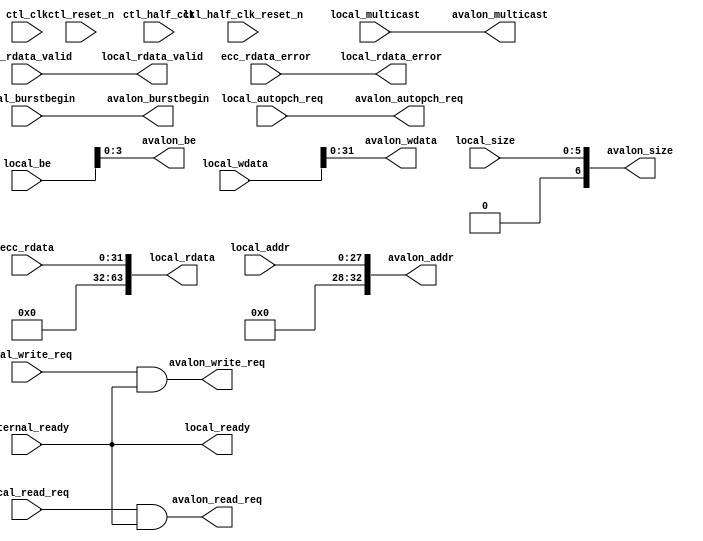
//Legal Notice: (C)2010 Altera Corporation. All rights reserved.  Your
//use of Altera Corporation's design tools, logic functions and other
//software and tools, and its AMPP partner logic functions, and any
//output files any of the foregoing (including device programming or
//simulation files), and any associated documentation or information are
//expressly subject to the terms and conditions of the Altera Program
//License Subscription Agreement or other applicable license agreement,
//including, without limitation, that your use is for the sole purpose
//of programming logic devices manufactured by Altera and sold by Altera
//or its authorized distributors.  Please refer to the applicable
//agreement for further details.

///////////////////////////////////////////////////////////////////////////////
// Title         : DDR controller Avalon Interface
//
//
// Abstract      : Avalon interface
///////////////////////////////////////////////////////////////////////////////

`timescale 1 ps / 1 ps
module alt_ddrx_avalon_if 
    #(parameter     INTERNAL_SIZE_WIDTH    = 7,
                    LOCAL_SIZE_WIDTH       = 6,
                    CTL_HRB_ENABLED        = 0,
                    LOCAL_ADDR_WIDTH       = 28,
                    INTERNAL_ADDR_WIDTH    = 33,
                    DWIDTH_RATIO           = 2,
                    LOCAL_DATA_WIDTH       = 64,
                    INTERNAL_DATA_WIDTH    = 32
     )
     (
        // input
        ctl_clk, 								
        ctl_reset_n,
        ctl_half_clk ,
        ctl_half_clk_reset_n ,
        local_write_req, 
        local_wdata,     
        local_be,  
        local_addr,
        internal_ready,
        local_read_req,
        local_size,
        local_burstbegin,
        ecc_rdata,
        ecc_rdata_valid,
        ecc_rdata_error,
        local_multicast,
        local_autopch_req,

        //output
        avalon_wdata,
        avalon_be,
        avalon_addr,
        avalon_write_req,   
        avalon_read_req,
        avalon_size,
        avalon_burstbegin,
        local_ready,
        local_rdata,
        local_rdata_error,
        local_rdata_valid,
        avalon_multicast,
        avalon_autopch_req
    );
    localparam   LOCAL_BE_WIDTH         = LOCAL_DATA_WIDTH/8;
    localparam   INTERNAL_BE_WIDTH      = INTERNAL_DATA_WIDTH/8;
    localparam   AVM_ADDR_WIDTH         = LOCAL_ADDR_WIDTH + log2(LOCAL_BE_WIDTH);
    
    input                               ctl_clk;
    input                               ctl_reset_n;
    input                               ctl_half_clk;
    input                               ctl_half_clk_reset_n;
    input                               local_write_req;
    input  [LOCAL_DATA_WIDTH -1 : 0]    local_wdata;
    input  [LOCAL_BE_WIDTH -1 : 0]      local_be;
    input  [LOCAL_ADDR_WIDTH -1 : 0]    local_addr;
    input                               internal_ready;
    input                               local_read_req;
    input  [INTERNAL_DATA_WIDTH -1 : 0] ecc_rdata;
    input  [DWIDTH_RATIO/2-1:0]         ecc_rdata_valid;
    input                               ecc_rdata_error;
    input  [LOCAL_SIZE_WIDTH-1:0]       local_size;
    input                               local_burstbegin;
    input                               local_multicast;
    input                               local_autopch_req;

    output [INTERNAL_DATA_WIDTH -1 : 0] avalon_wdata;
    output [INTERNAL_BE_WIDTH -1 : 0]   avalon_be;
    output [INTERNAL_ADDR_WIDTH - 1 : 0]avalon_addr;
    output                              avalon_write_req;
    output                              avalon_read_req;
    output [INTERNAL_SIZE_WIDTH-1:0]    avalon_size;
    output                              avalon_burstbegin;
    output                              local_ready;
    output [LOCAL_DATA_WIDTH -1 : 0]    local_rdata;
    output                              local_rdata_valid;
    output                              local_rdata_error;
    output                              avalon_multicast;
    output                              avalon_autopch_req;
    
    generate if (CTL_HRB_ENABLED == 1) begin
        wire                                    avs_chipselect;
        wire   [LOCAL_DATA_WIDTH -1 : 0]        avs_readdata;
        wire   [LOCAL_DATA_WIDTH -1 : 0]        avs_writedata;
        wire                                    avs_waitrequest;
        wire                                    avm_write;
        wire                                    avm_read;
        wire   [AVM_ADDR_WIDTH - 1 : 0]         avm_address;
        reg    [LOCAL_ADDR_WIDTH -1 : 0]        avs_address;
        reg    [2:0]                            state;
        reg    [INTERNAL_SIZE_WIDTH-1 : 0]      burstcount;
        reg    [INTERNAL_SIZE_WIDTH-1:0]        internal_size;
        reg    [INTERNAL_SIZE_WIDTH-1:0]        internal_size_r;
        reg    [INTERNAL_SIZE_WIDTH-1:0]        avalon_avm_size;
        wire   [2:0]                            avalon_avm_count;
        reg    [2:0]                            avalon_avm_count_r;
        reg                                     avalon_avs_toggle;
        reg                                     avalon_avm_toggle;
        reg                                     avalon_avm_toggle_r;
        wire                                    avalon_avs_clk_ph;
        reg                                     internal_multicast;
        reg                                     internal_multicast_r;
        reg                                     internal_autopch;
        reg                                     internal_autopch_r;
        reg                                     avalon_avm_multicast;
        reg                                     avalon_avm_autopch;
        
        
        assign local_ready = !avs_waitrequest;
        assign avalon_write_req = avm_write & internal_ready;
        assign avalon_read_req = avm_read & internal_ready;
        assign avalon_addr = {avm_address[AVM_ADDR_WIDTH - 1 : log2(LOCAL_BE_WIDTH)],1'b0};
        assign avs_chipselect = local_read_req|local_write_req; 
        
        //burst adaptor logic
        assign avalon_burstbegin = (burstcount == 0);
        assign avalon_size = avalon_avm_size;
        assign avalon_multicast = avalon_avm_multicast;
        assign avalon_autopch_req = avalon_avm_autopch;
        assign avalon_avs_clk_ph = avalon_avm_toggle ^ avalon_avm_toggle_r;
        
        always @(posedge ctl_half_clk or negedge ctl_reset_n)
          if (~ctl_reset_n)
            avalon_avs_toggle <= 1'b0;
          else
            avalon_avs_toggle <= ~avalon_avs_toggle;
        
        always @(posedge ctl_clk or negedge ctl_reset_n)
          if (~ctl_reset_n)
          begin
            avalon_avm_toggle <= 1'b0;
            avalon_avm_toggle_r <= 1'b0;
          end
          else
          begin
            avalon_avm_toggle <= avalon_avs_toggle;
            avalon_avm_toggle_r <= avalon_avm_toggle;
          end

        always @(avalon_avm_count_r,internal_size,internal_multicast,internal_autopch,internal_size_r,internal_multicast_r,internal_autopch_r) begin
           if(avalon_avm_count_r >=3) begin
               avalon_avm_size <= internal_size_r;
               avalon_avm_multicast <= internal_multicast_r;
               avalon_avm_autopch <= internal_autopch_r;
           end
           else begin
               avalon_avm_size <= internal_size;
               avalon_avm_multicast <= internal_multicast;
               avalon_avm_autopch <= internal_autopch;
           end
        end
        
        assign avalon_avm_count = avalon_avm_count_r + (((local_write_req | local_read_req) & local_ready & avalon_avs_clk_ph) ? 3'd2 : 3'd0)
                                       - (avalon_write_req ? 3'd1 : 3'd0)
                                       - (avalon_read_req ? 3'd2 : 3'd0);
                                     
          always @(posedge ctl_clk or negedge ctl_reset_n) begin
             if (!ctl_reset_n) begin
                 avalon_avm_count_r <= 0;
             end
             else begin
                 avalon_avm_count_r <= avalon_avm_count;
             end
          end
        
          always @(posedge ctl_half_clk or negedge ctl_reset_n) begin
             if (!ctl_reset_n) begin
                 internal_size <= 0;
                 internal_size_r <= 0;
                 internal_multicast <= 0;
                 internal_multicast_r <= 0;
                 internal_autopch <= 0;
                 internal_autopch_r <= 0;
             end
             else if((local_write_req | local_read_req) & local_ready) begin
                 internal_size <= {local_size,1'b0}; // multiply local_size by 2
                 internal_size_r <= internal_size;
                 internal_multicast <= local_multicast;
                 internal_multicast_r <= internal_multicast;
                 internal_autopch <= local_autopch_req;
                 internal_autopch_r <= internal_autopch;
             end
          end
        
          always @(posedge ctl_clk or negedge ctl_reset_n) begin
                if (!ctl_reset_n) begin
                    burstcount <= 0;
                    state <= 3'd0;
                end
                else begin
                case (state)
                      3'd0: begin
                            if(avalon_write_req) begin
                                burstcount <= burstcount + 1;
                                state <= 3'd1;
                            end
                      end
                      
                      3'd1: begin
                            if(avalon_write_req) begin
                                if(burstcount == avalon_avm_size -1) begin
                                    burstcount <= 0;
                                    state <= 3'd0;
                                end
                                else begin
                                    burstcount <= burstcount + 1;
                                end
                            end
                      end
                endcase
                end
          end
        
        altera_avalon_half_rate_bridge #(
            .AVM_DATA_WIDTH             (INTERNAL_DATA_WIDTH),
            .AVM_ADDR_WIDTH             (AVM_ADDR_WIDTH),
            .AVM_BYTE_WIDTH             (INTERNAL_BE_WIDTH),
            .AVS_DATA_WIDTH             (LOCAL_DATA_WIDTH),
            .AVS_ADDR_WIDTH             (LOCAL_ADDR_WIDTH),
            .AVS_BYTE_WIDTH             (LOCAL_BE_WIDTH) 
        ) HRB_inst (  
            .avs_reset_n                (ctl_reset_n),
            .avm_reset_n                (ctl_half_clk_reset_n),

            // Avalon slave input
            .avs_clk                    (ctl_half_clk         ),
            .avs_chipselect             (avs_chipselect       ),
            .avs_address                (local_addr          ),
            .avs_write                  (local_write_req     ),
            .avs_read                   (local_read_req       ),
            .avs_byteenable             (local_be             ),
            .avs_writedata              (local_wdata        ),
            
            // Avalon slave output 
            .avs_readdata               (local_rdata          ),
            .avs_waitrequest            (avs_waitrequest      ),
            .avs_readdatavalid          (local_rdata_valid    ),
            
            // Avalon master input
            .avm_clk                    (ctl_clk              ),
            .avm_readdata               (ecc_rdata            ),
            .avm_waitrequest            (!internal_ready      ),
            .avm_readdatavalid          (ecc_rdata_valid[0]   ),
            
            // Avalon master output
            .avm_burstcount             (),     //not going to use it, because burstcount in the HRB is fixed at 2
            .avm_address                (avm_address          ),
            .avm_write                  (avm_write      ),
            .avm_read                   (avm_read      ),
            .avm_byteenable             (avalon_be            ),
            .avm_writedata              (avalon_wdata        )
        );
    end
    
    else begin
        assign avalon_write_req = local_write_req & internal_ready;
        assign avalon_wdata = local_wdata;
        assign avalon_be = local_be;
        assign avalon_read_req = local_read_req & internal_ready;
        assign local_rdata = ecc_rdata;
        assign local_rdata_valid = ecc_rdata_valid[0];
        assign local_rdata_error = ecc_rdata_error;
        assign avalon_addr = local_addr;
        assign avalon_size = local_size;
        assign avalon_burstbegin = local_burstbegin;
        assign local_ready = internal_ready;
        assign avalon_multicast = local_multicast;
        assign avalon_autopch_req = local_autopch_req;
    end
    endgenerate
    
    function integer log2;  //constant function
           input integer value;
           begin
               for (log2=0; value>0; log2=log2+1)
                   value = value>>1;
               log2 = log2 - 1;
           end
    endfunction
endmodule